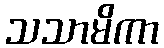
သသာမိကာ